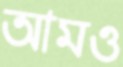
আমও